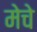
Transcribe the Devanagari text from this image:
मेचे